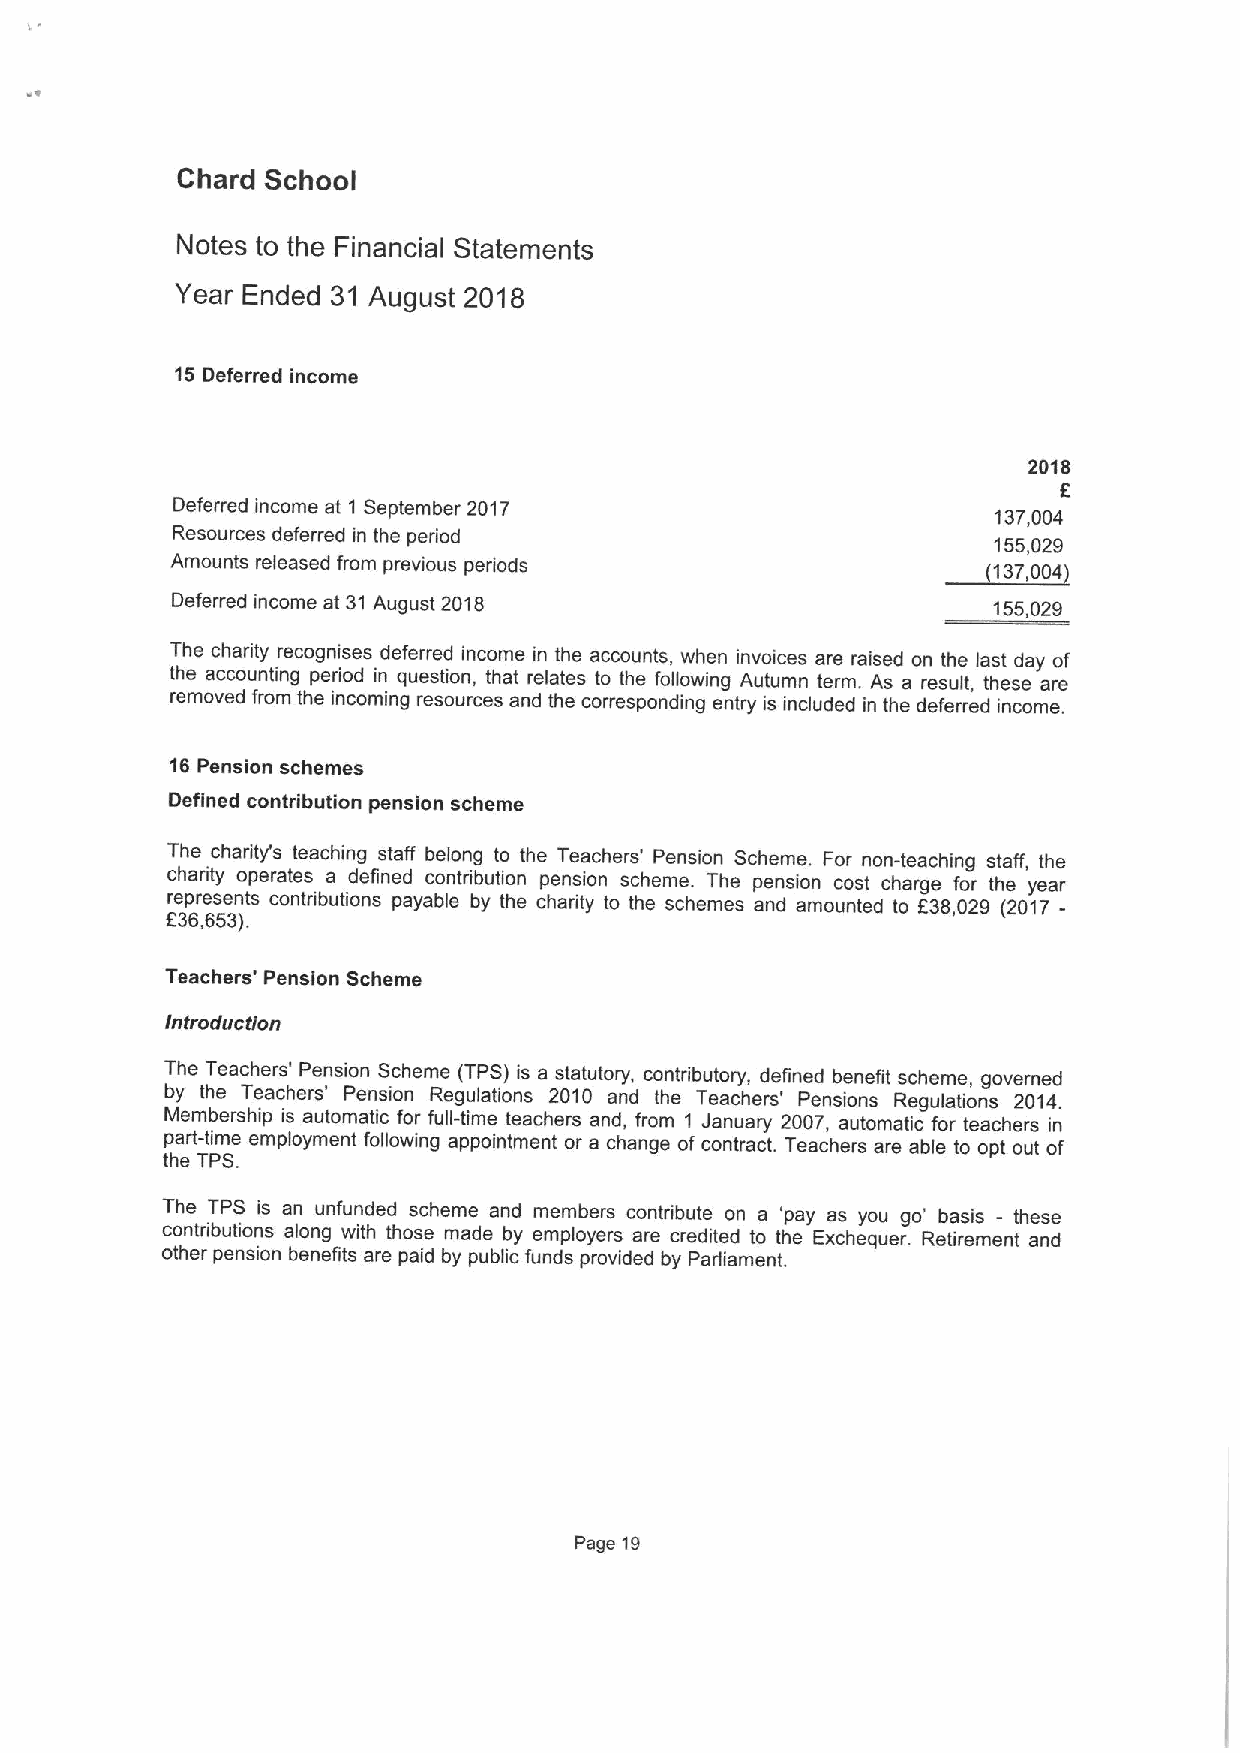
Chard School
 Notes to the Financial Statements
 Year Ended 31 August 2018
 15Deferred income
 2018
 6
 Deferred income at 1 September 2017                    137,004
 Resources deferred in the period                       155,029
 Amounts released from previous periods              ~133, 004
 Deferred income at 31August 2018                       155,029
 The charity recognises deferred income in the accounts, when invoices are raised on the last day of
 the accounting period in question, that relates to the following Autumn term. As a result, these are
 removed from the incoming resources and the corresponding entry is included in the deferred income.
 16Pension schemes
 Defined contribution pension scheme
 The chariity's teaching staff belong to the Teachers' Pension Scheme. For non-teaching staff, the
 charity operates a defined contribution pension scheme. The pension cost charge for the year
 represents contributions payable by the charity to the schemes and amounted to 638,029 (2017-
 636,653).
 Teachers' Pension Scheme
 Introduction
 The Teachers' Pension Scheme (TPS) is a statutory, contributory, defined benefit scheme, governed
 by the Teachers' Pension Regulations 2010 and the Teachers' Pensions Regulations 2014.
 Membership is automatic for full-time teachers and, from 1 January 2007, automatic for teachers in
 part-time employment following appointment or a change of contract. Teachers are able to opt out of
 the TPS.
 The TPS is an unfunded scheme and members contribute on a 'pay as you go' basis - these
 contributions along with those made by employers are credited to the Exchequer. Retirement and
 other pension benefits are paid by public funds provided by Parliament.
 Page 19